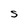
Character: S